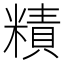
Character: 𥼃